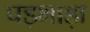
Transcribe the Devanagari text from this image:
पड़भाड़ा